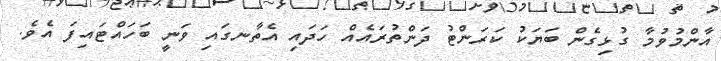
އާންމުވުމާ ގުޅިގެން ބަޔަކު ކަރަންޓު ދަންތުރައެއް ހަދައި އެތާނގައި ވަނީ ބަހައްޓައިފަ އެވެ.